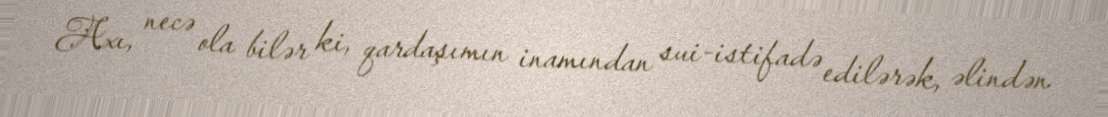
Axı, necə ola bilər ki, qardaşımın inamından sui-istifadə edilərək, əlindən